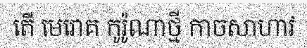
តើ មេរោគ កូរ៉ូណាថ្មី កាចសាហាវ